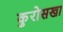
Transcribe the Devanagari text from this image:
कुरोसखा